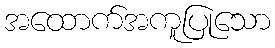
အထောက်အကူပြုသော